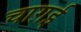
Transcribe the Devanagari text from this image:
चाग़ई